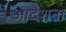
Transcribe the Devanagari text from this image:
आदेशना